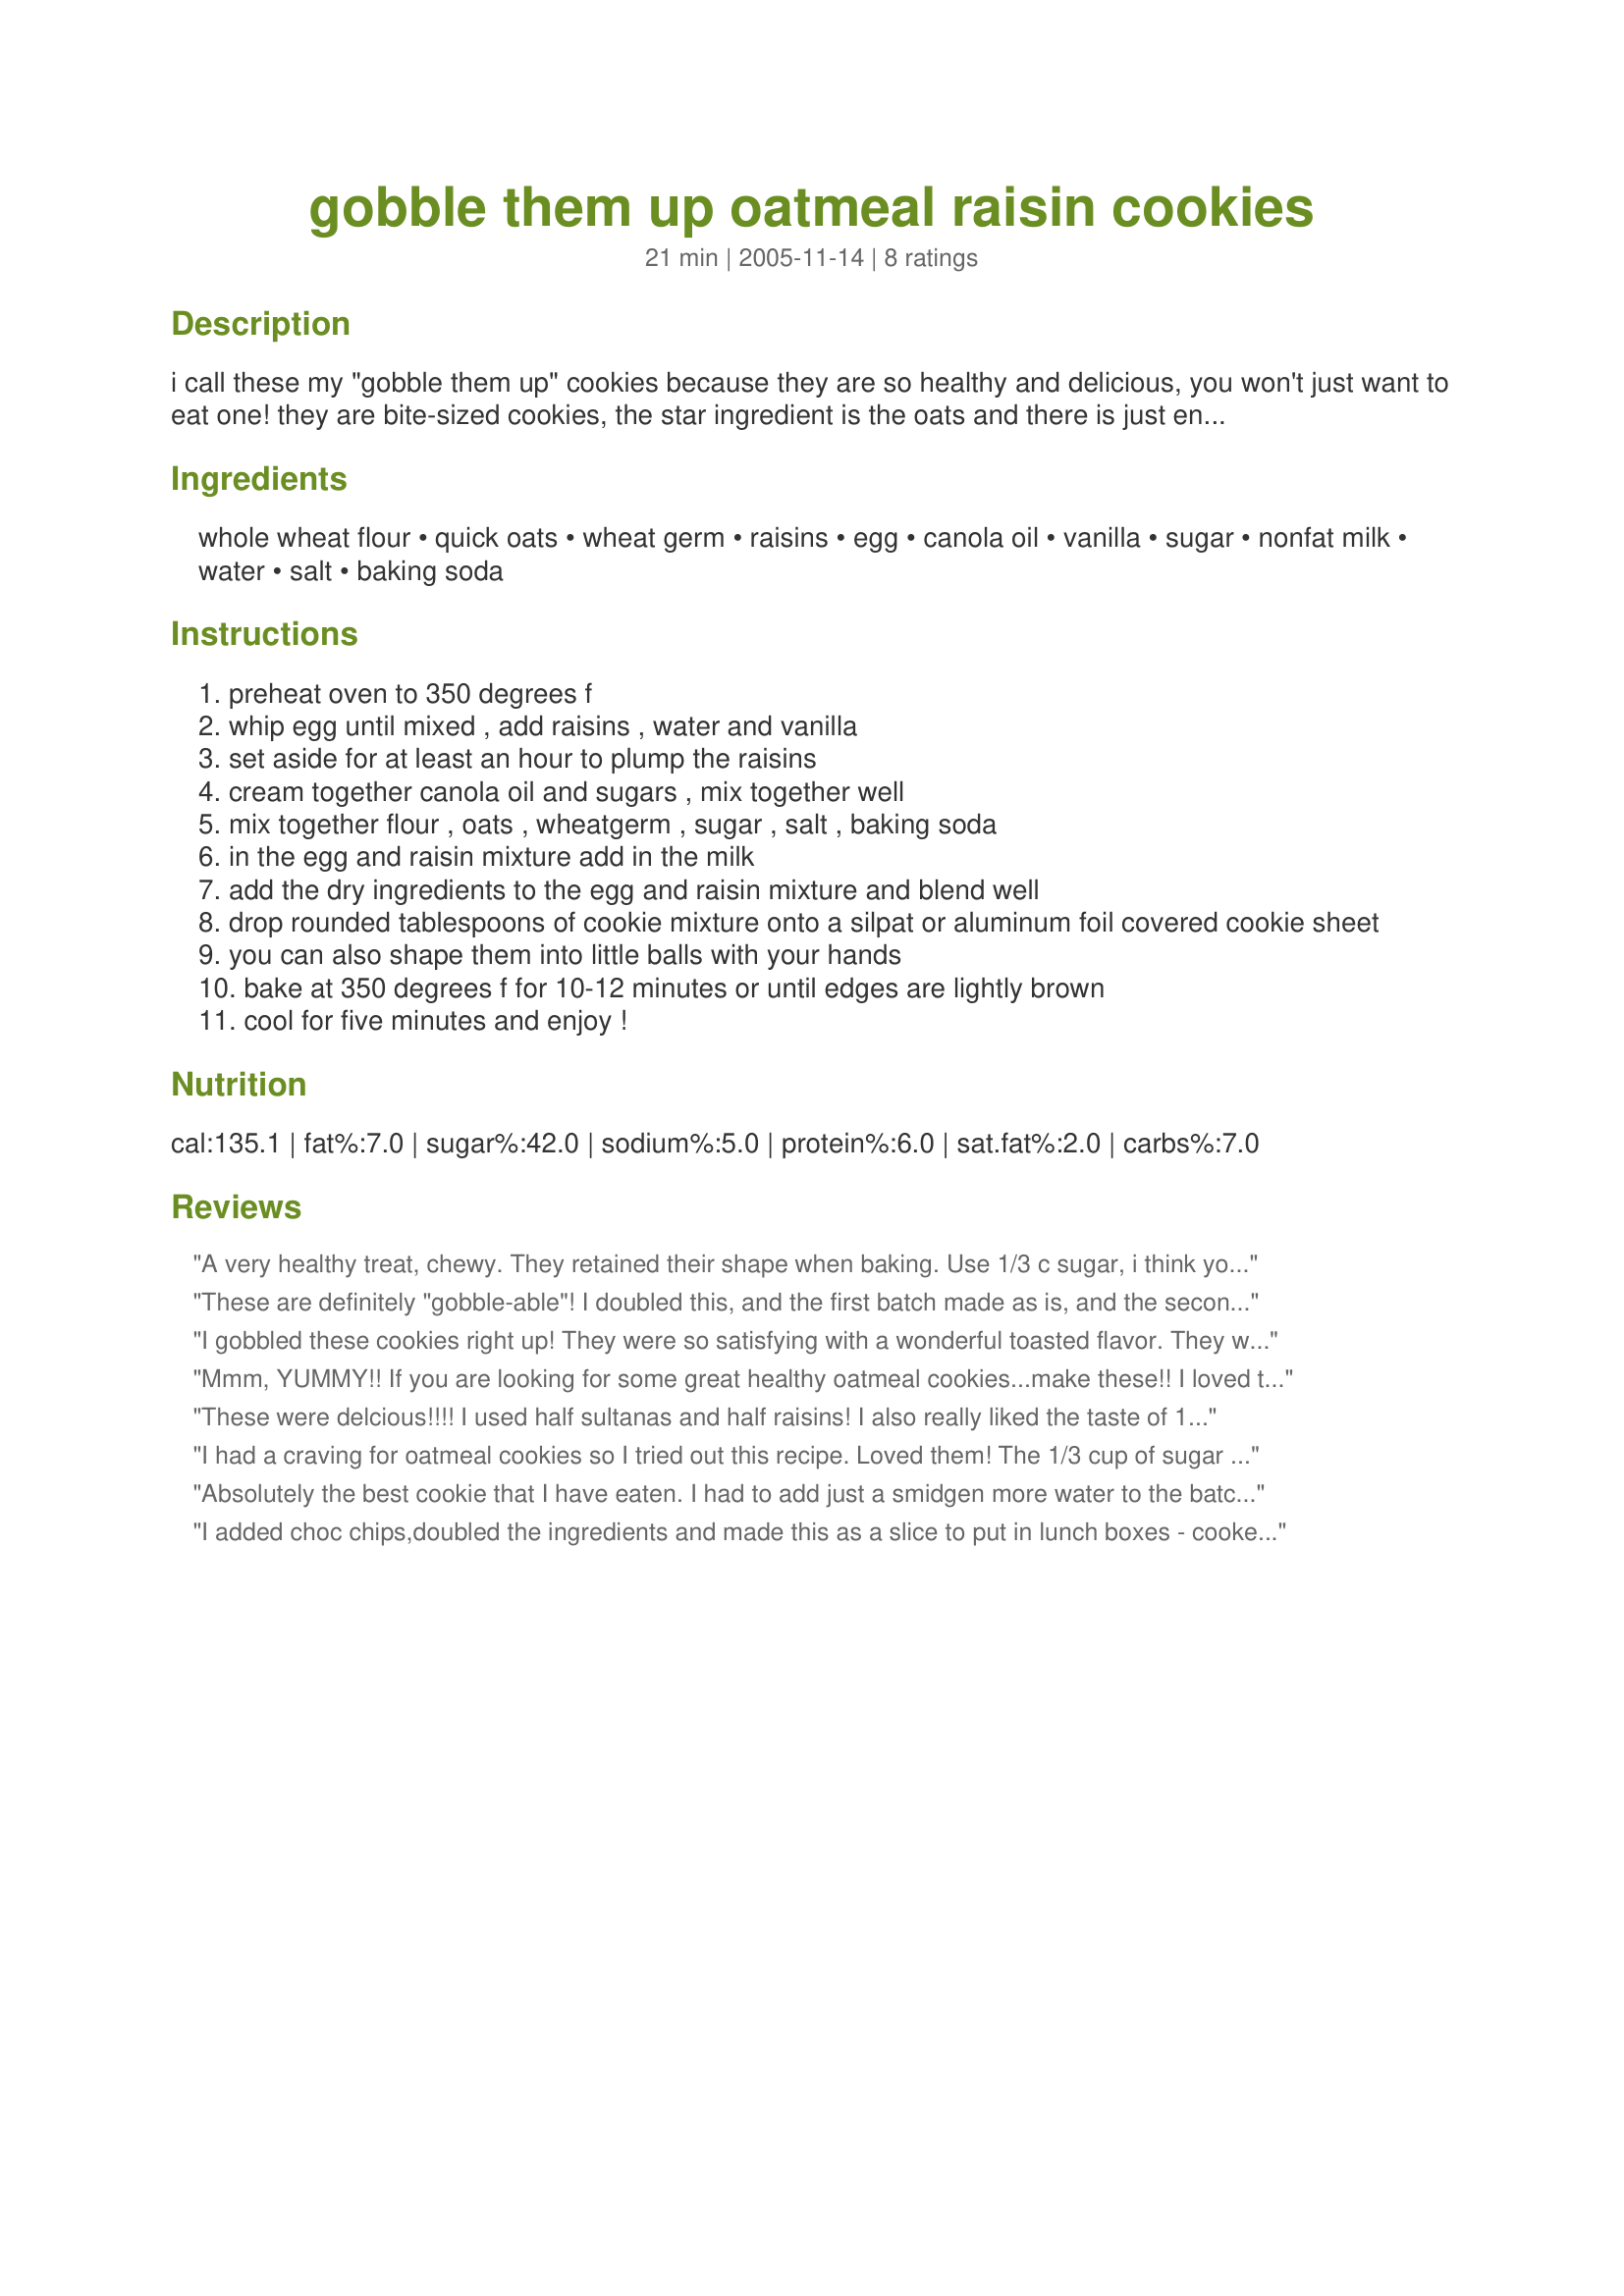
gobble them up oatmeal raisin cookies
Preparation time: 21 minutes

i call these my "gobble them up" cookies because they are so healthy and delicious, you won't just want to eat one! they are bite-sized cookies, the star ingredient is the oats and there is just enough flour to hold all the ingredients together.

Ingredients:
whole wheat flour, quick oats, wheat germ, raisins, egg, canola oil, vanilla, sugar, nonfat milk, water, salt, baking soda

Steps:
preheat oven to 350 degrees f
whip egg until mixed , add raisins , water and vanilla
set aside for at least an hour to plump the raisins
cream together canola oil and sugars , mix together well
mix together flour , oats , wheatgerm , sugar , salt , baking soda
in the egg and raisin mixture add in the milk
add the dry ingredients to the egg and raisin mixture and blend well
drop rounded tablespoons of cookie mixture onto a silpat or aluminum foil covered cookie sheet
you can also shape them into little balls with your hands
bake at 350 degrees f for 10-12 minutes or until edges are lightly brown
cool for five minutes and enjoy !

Reviews:
A very healthy treat, chewy. They retained their shape when baking. Use 1/3 c sugar, i think you can use even less of that amount. Only use 1/2 c raisins. Got 19 cookies out of this recipe
These are definitely "gobble-able"! I doubled this, and the first batch made as is, and the second I felt would benefit from some chocolate chips. :) That was even better. What I had problems with was shaping the balls. They were so sticky in my hands, and yet little crumbs were falling everywhere. I was afraid I would end up with granola. But the first batch did come out looking just like they did when they went in, only a tiny bit darker. They did hold together as balls when cooled. The second batch, I thought I'd add a sprinkle of water, and it helped, yet made the dough even stickier, which really adhered to my hands more than any dough I'd ever worked with (in the future, I'll use the spoon instead of my hands). I don't know if it was those extra droplets or if it was the chocolate chips, but these balls spread out like normal cookies, and some were spread out enough to break apart when cooled (no big deal). They were both delicious cookies. For ingredients, I used whole wheat pastry flour, ground flaxseed instead of wheat germ, and half dried raw cane juice and half white sugar, using the full amount (I like my cookies sweet). And I would say that the cookies are flavorful because they use wholesome ingredients! Thanks for a useful and beneficial recipe.
I gobbled these cookies right up! They were so satisfying with a wonderful toasted flavor. They would be a good choice for a breakfast cookie, too. I used white sugar. Thanks Hellokitty, for posting.
Roxygirl
Mmm, YUMMY!! If you are looking for some great healthy oatmeal cookies...make these!! I loved the texture of these cookies because of the ratio of oats to flour. This created a nice chewy cookie. Maybe it was just my imagination but I found these cookies to be very flavorful - almost a little cinnamon-y even though there is no spice. I decreased the sugar to the 1/3 cup like suggested which I really enjoyed. I must have made my cookies a bit smaller as I got more than 16. I would definitely recommend these!! Thanks hellokitty!
These were delcious!!!! I used half sultanas and half raisins! I also really liked the taste of 1/3 cup sugar because, like you said, it really made the raisin taste stand out!
Thanks for the recipe!
I had a craving for oatmeal cookies so I tried out this recipe. Loved them! The 1/3 cup of sugar was fine. Next time I do them I may add some apple sauce to add a bit of moisture.
Absolutely the best cookie that I have eaten. I had to add just a smidgen more water to the batch to get them to hold, because I did not have time to soak the raisins before I put them in the batch.
I added choc chips,doubled the ingredients and made this as a slice to put in lunch boxes - cooked it for about 25 minutes and it was a terrific success - fairly addictive too - so many thanks to hellokitty
